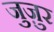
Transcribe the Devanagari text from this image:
जुज़ुर